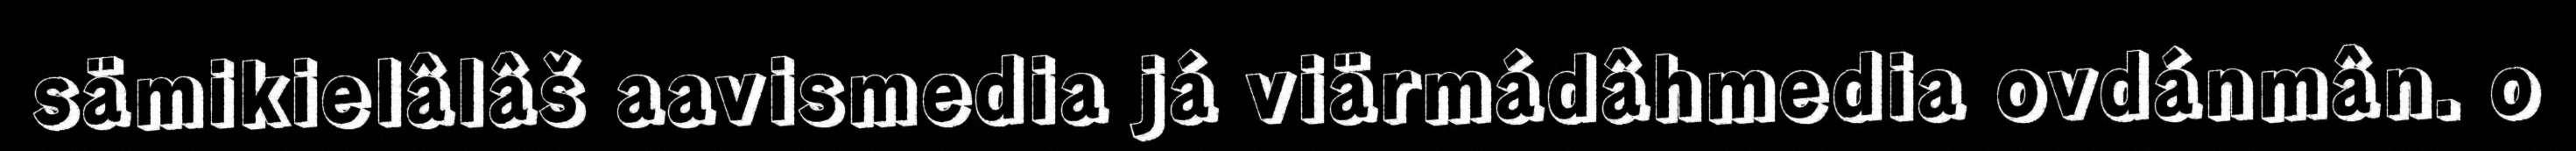
sämikielâlâš aavismedia já viärmádâhmedia ovdánmân. o